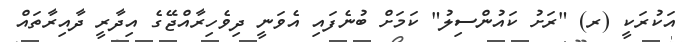
އަކުރަކީ (ރ) "ރަށު ކައުންސިލު" ކަމަށް ބުނެފައި އެވަނީ ދިވެހިރާއްޖޭގެ އިދާރީ ދާއިރާތައް